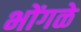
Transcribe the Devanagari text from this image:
भोंगळे